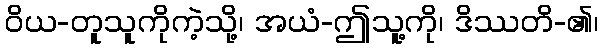
ဝိယ-တူသူကိုကဲ့သို့၊ အယံ-ဤသူ့ကို၊ ဒိဿတိ-၏၊